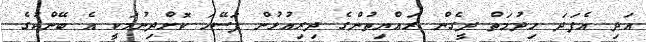
އަދި އެފަދަ ހިދުމަތް ދީގެން ރައްޔިތުންގެ ދިރިއުޅުން ފަސޭހަ ކޮށްދިނުމަކީ އެ ބޭންކުގެ